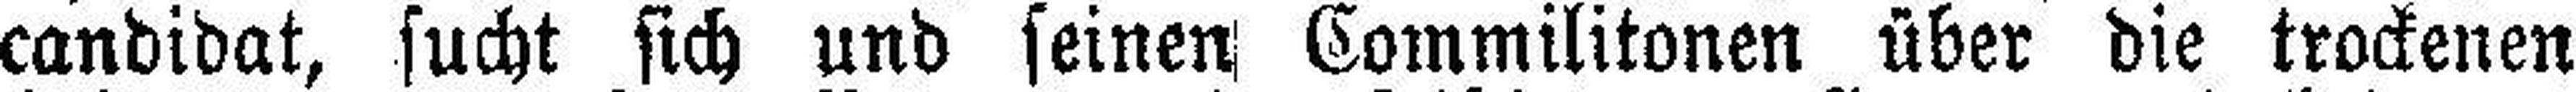
candidat, sucht sich und seinen Commilitonen über die trockenen